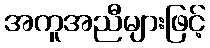
အကူအညီများဖြင့်